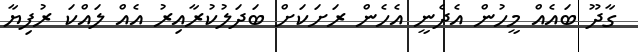
ގާދޫ ބައެއް މީހުން އެދެނީ އެހެން ރަށަކަށް ބަދަލުކުރާއިރު އެއް ލައްކަ ރުފިޔާ